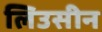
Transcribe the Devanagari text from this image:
लिउसीन